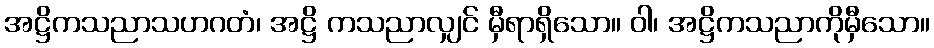
အဋ္ဌိကသညာသဟဂတံ၊ အဋ္ဌိ ကသညာလျှင် မှီရာရှိသော။ ဝါ၊ အဋ္ဌိကသညာကိုမှီသော။